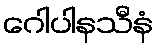
ဂေါပါနသီနံ